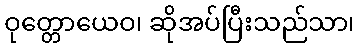
ဝုတ္တောယေဝ၊ ဆိုအပ်ပြီးသည်သာ၊